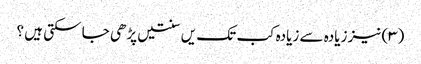
(۳) نیز زیادہ سے زیادہ کب تک یں سنتیں پڑھی جا سکتی ہیں ؟